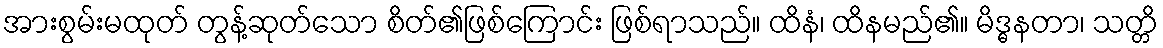
အားစွမ်းမထုတ် တွန့်ဆုတ်သော စိတ်၏ဖြစ်ကြောင်း ဖြစ်ရာသည်။ ထိနံ၊ ထိနမည်၏။ မိဒ္ဓနတာ၊ သတ္တိ